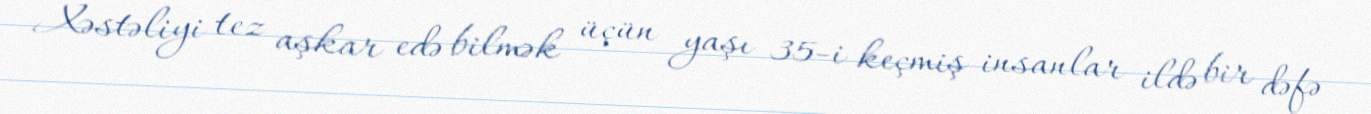
Xəstəliyi tez aşkar edə bilmək üçün yaşı 35-i keçmiş insanlar ildə bir dəfə